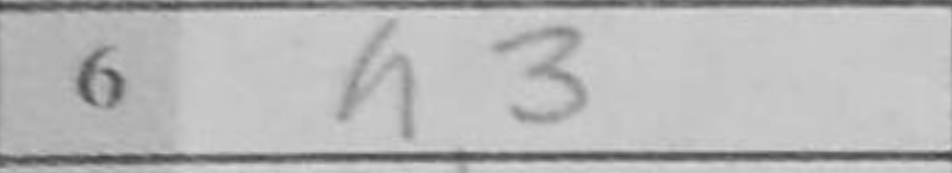
Transcription: h3